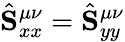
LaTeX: \hat{\mathbf{S}}_{xx}^{\mu\nu}=\hat{\mathbf{S}}_{yy}^{\mu\nu}